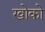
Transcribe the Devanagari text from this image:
खोको